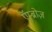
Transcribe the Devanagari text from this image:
एॅम्ब्रोज़